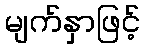
မျက်နှာဖြင့်